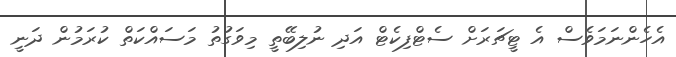
އެހެންނަމަވެސް އެ ޓީޗަރަށް ސެޓްފިކެޓް އަދި ނުލިބޭތީ މިވަގުތު މަސައްކަތް ކުރަމުން ދަނީ